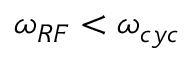
\omega _ { R F } < \omega _ { c y c }